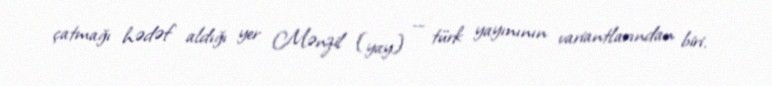
çatmağı hədəf aldığı yer Mənzil (yay) — türk yayınının variantlarından biri.